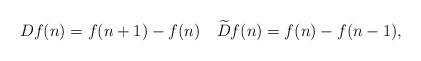
LaTeX: \begin{align*}Df(n)=f(n+1)-f(n)\quad\widetilde{D} f(n)=f(n)-f(n-1),\end{align*}